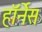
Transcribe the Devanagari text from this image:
हॉर्नेस